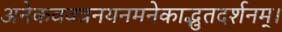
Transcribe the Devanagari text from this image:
अनेकवक्त्रनयनमनेकाद्भुतदर्शनम्‌।